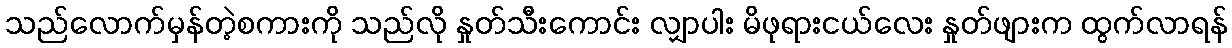
သည်လောက်မှန်တဲ့စကားကို သည်လို နှုတ်သီးကောင်း လျှာပါး မိဖုရားငယ်လေး နှုတ်ဖျားက ထွက်လာရန်